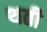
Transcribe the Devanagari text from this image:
थती